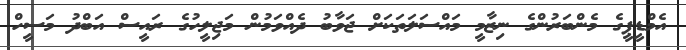
އެމްޑީޕީގެ މެންބަރުންގެ ނިޒާމީ މައްސަލަތަކަށް ޖަވާބު ދެއްވަމުން މަޖިލީހުގެ ރައީސް އަބްދު މަސީހް